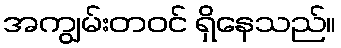
အကျွမ်းတဝင် ရှိနေသည်။